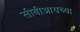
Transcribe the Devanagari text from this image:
सीबीआयच्या